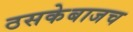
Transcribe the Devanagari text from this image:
ठसकेबाजच